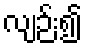
လျဉ်း၍